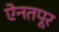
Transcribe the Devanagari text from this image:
ऐनतपूर